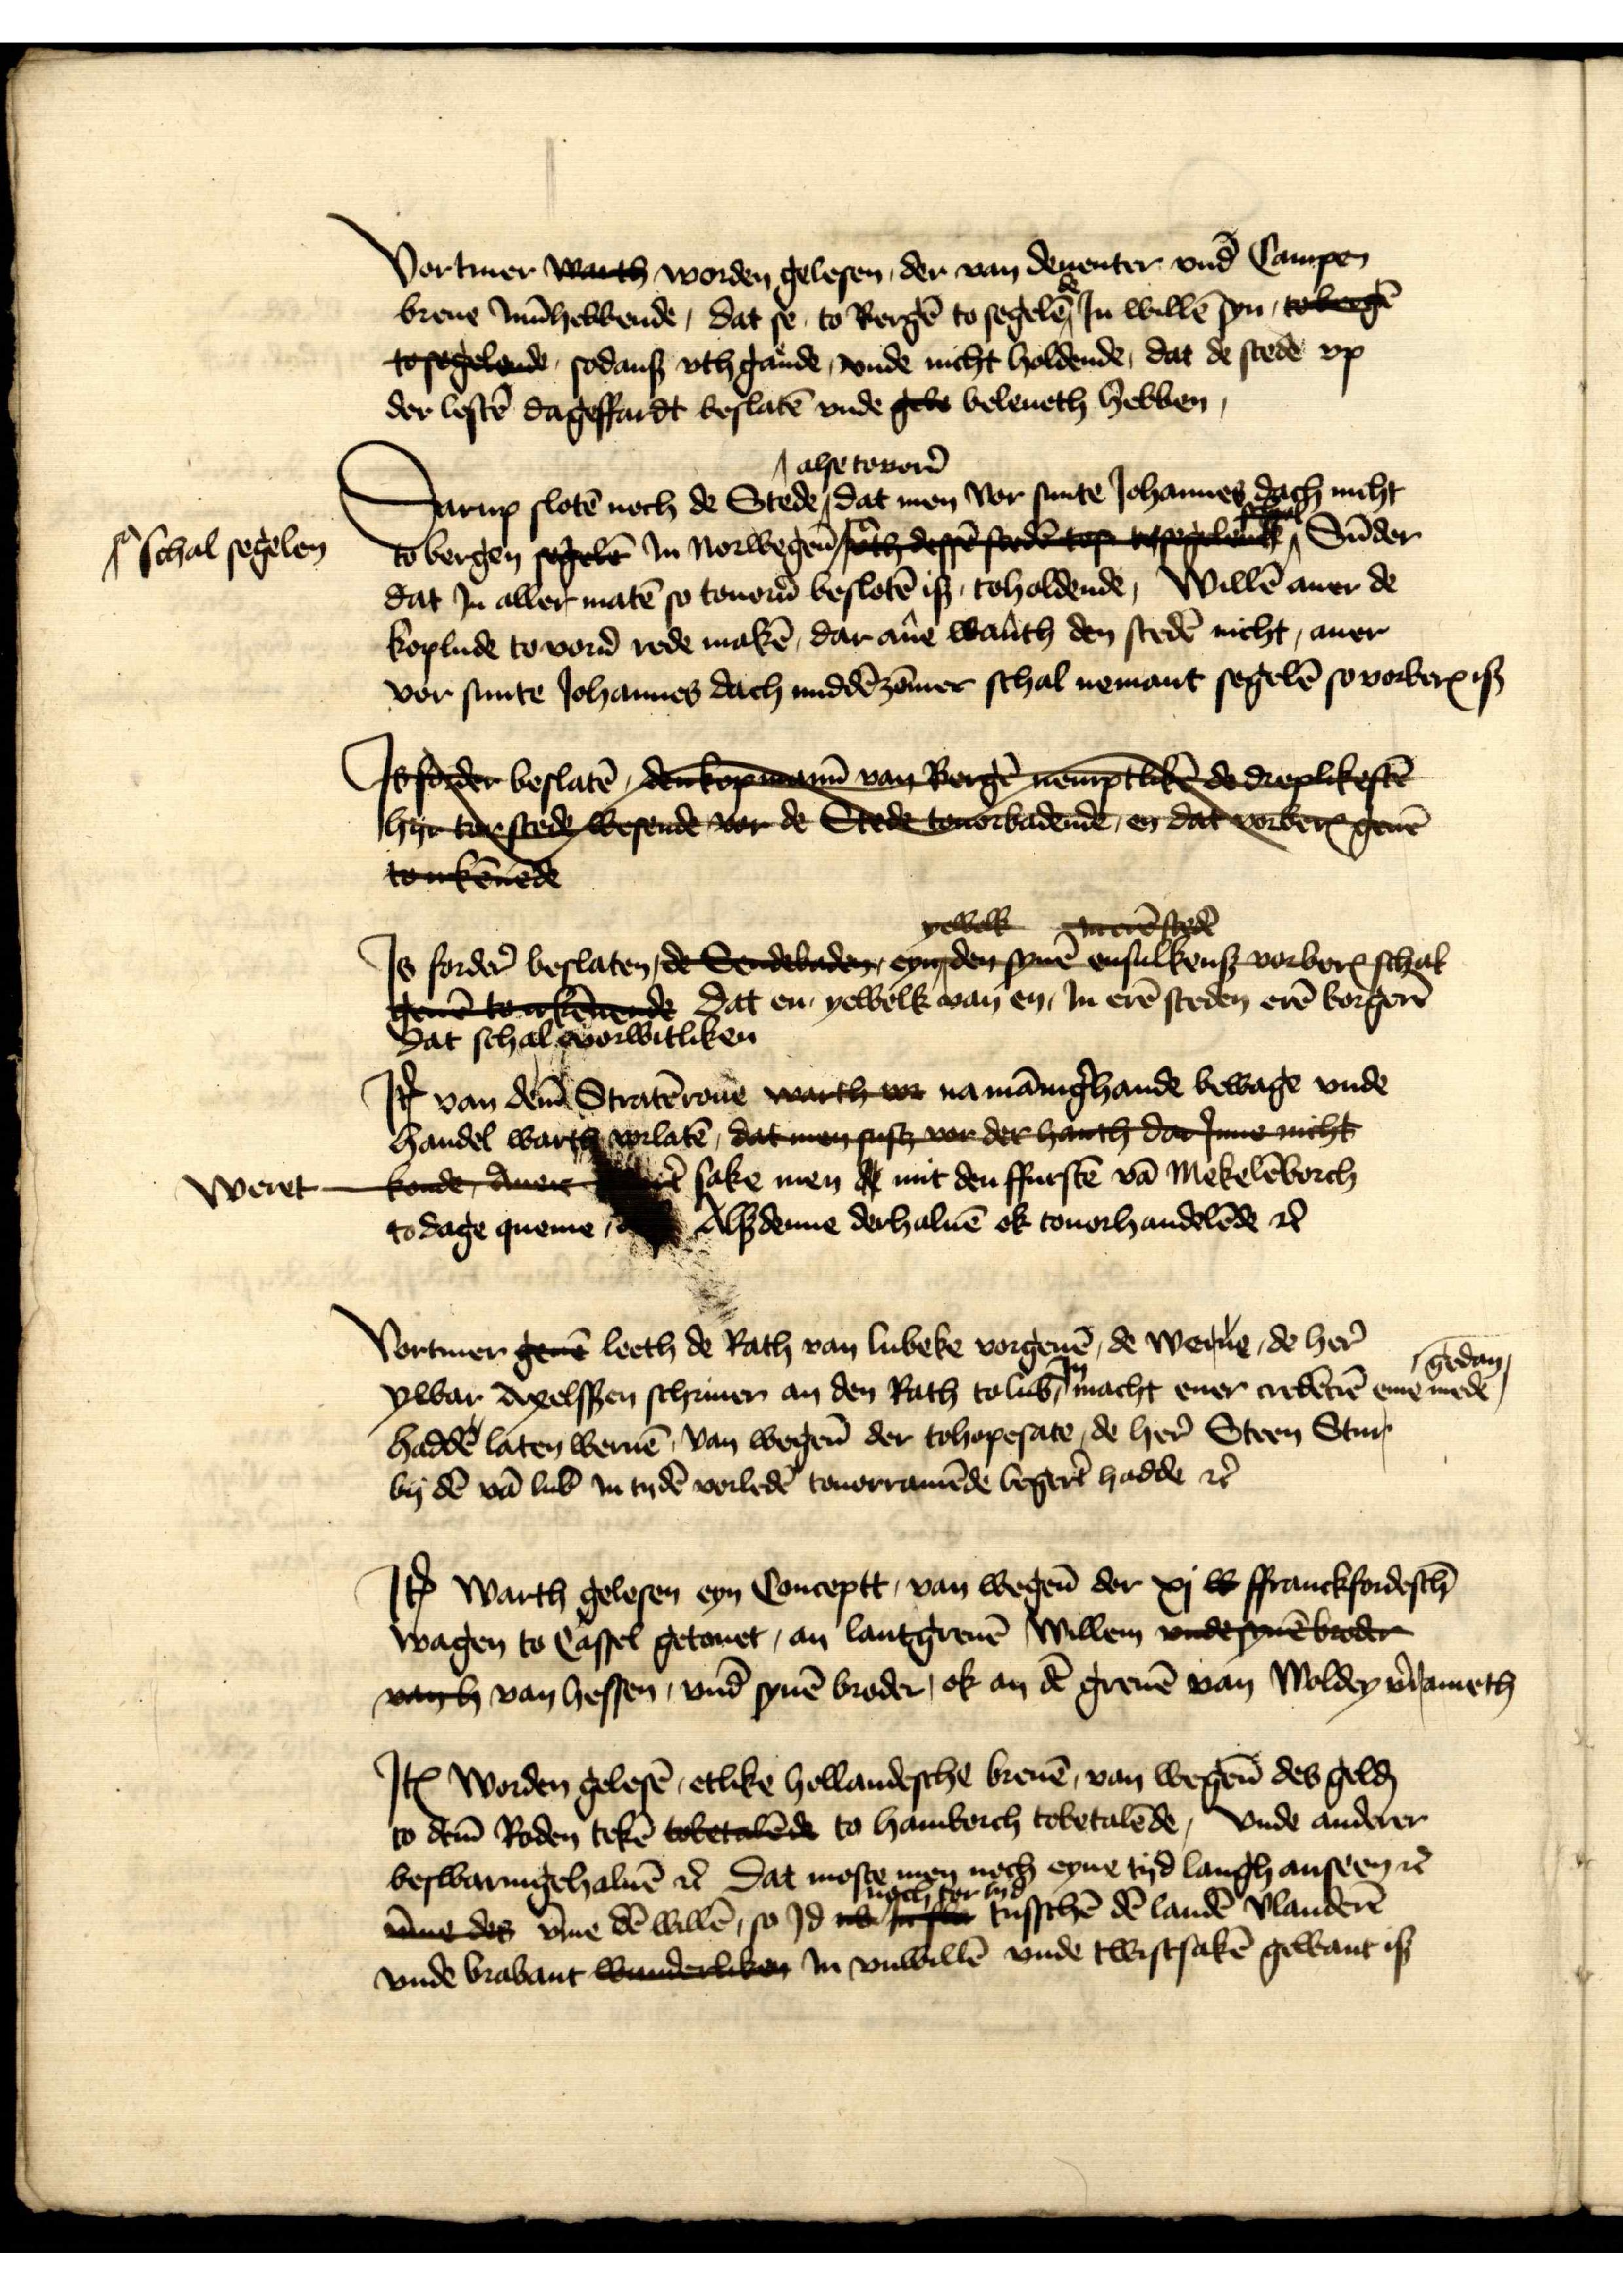
Vortmer warth worden gelesen, der van Deuenter vnd Campen
breue Inn̄hebbende, dat se to Bergē to segelēde Jn willē syn, toberg
to sogelende, sodans vth gaͤnde, vnde nicht holdende, dat de stede vp
der lestē dageffardt beslatē vnde geo beleueth hebben,

Darup slotē noch de Stede alse touorē dat men vor sunte Johannes dach nicht
to Bergen segelen Jn Norwegen̄ 
schal segelen
Sūder
dat Jn aller matē so touorē beslotē Js, toholdende, Willē auer de
koplude touorē rede makē, dar ane warth den stedē nicht, auer
vor sunte Johannes dach middēzōmer schal nemant segelē so vorberꝬ is

Itm foder beslaten doan van Brtde dplikeften
Iee Coestede wesende vde Ste oohadende da brgee
vnddede

Js forder̉ beslaten, de Sdebaden eyn den syne enselkenß vorborenschel
be to ooknde dat en yewelk van en, Jn erē steden erē borgerē
dat schal vorwitliken

Jꝷ van dem̄ Stratērouẻ warther na mānig̉hande bewage vnde
handel warth vorlatē, da me sußt wde hathe nuicht
Weret konde, aver  sake men Ie mit den ffurstē vā Mekelēborch
to dage queme Alßdenne derhaluē ok touorhandelēde et̉

Vortmer genen leeth de Rath van Lubeke vorgeuē, de weme, de her̉n
Ywar Apelssen schriuen an den Rath to Lub̄ Jn macht ener nebenr ene mede gedan
haddē laten weruē, van wegen̄ der tohopesate, de her̉ Steen Stur
by dē vā Lubeke Jn tydē vorledē touorramēde begert̉ hadde et̉

Jꝷ Warth gelesen eyn Conceptt, van wegen̄ der xi w ffranckfordesch̄
Wagen to Cassel getouet, an lantgreuē Willem vnde synebade
vh van Hessen, vnd synē broder, ok an dē greuē van Woldey v̉rameth

Jꝷ worden gelesē, etlike hollandesche breuē van wegen̄ des gelḑ
to dem̄ Roden tekē tobetaldende to Hamborch tobetalēde, vnde anderer
beswaringehaluē et̉ dat moste men noch eyne tyd langh anseen et̉
vme des v̄me dē willē, so Jd noch tor tyd tusschē dē landē Vlanderē
vnde Brabant winderliken Jn vnwillē vnde twistsakē gewant ia